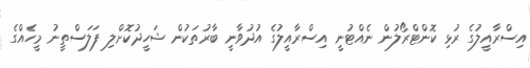
އިސްރާއީލުގެ ރުޅި ކޮންޓްރޯލުން ނެއްޓުނީ އިސްރާއީލުގެ އުދުވާނީ ބާރުތަކުން ޝަހީދުކޮށްލި ފަލަސްތީނު މީހެއްގެ